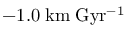
- 1 . 0 \; \mathrm { k m } \; \mathrm { G y r ^ { - 1 } }